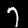
Label: 7